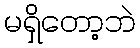
မရှိတော့ဘဲ